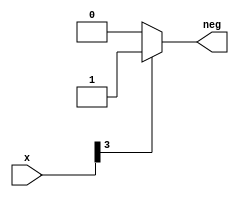
module signx(neg,x);

//this module is used to get the sign of an input 4-digit number

	input [3:0]x;
	output neg;
	reg neg;

	always @ (x)

		if (x[3] == 1)

			begin 
				neg =1; 
			end 

		else neg=0;

endmodule

module comp(a,b,signA,signB,more,eq,less);

	input [3:0]a;
	input [3:0]b;
	output signA,signB,more,eq,less;
	reg more,eq,less;

	signx sna(signA,a);
	signx snb(signB,b);

	always @ (a or b or signA or signB)

		if(signA==1 && signB==0)
		begin
			less=1;
			eq=0;
			more=0;
		end

		else if(signA==0 && signB==1)
		begin
			more=1;
			eq=0;
			less=0;
		end

		else if(a > b)
		begin
			more=1;
			less=0;
			eq=0;
		end

		else if(a == b)
		begin
			more=0;
			less=0;
			eq=1;
		end

		else 
		begin
			more=0;
			less=1;
			eq=0;
		end

endmodule

module tb_comp;

	reg [3:0]a;
	reg [3:0]b;
	wire signA,signB,more,eq,less;

	comp c1(a,b,signA,signB,more,eq,less);

	initial
		begin
			$monitor(,$time," A=%b | B=%b || AgtB=%b | AeqB=%b | AltB=%b",a,b,more,eq,less);

			#0 a=4'b1001;b=4'b0001;
			#2 a=4'b0001;b=4'b1001;
			#2 a=4'b1001;b=4'b1001;
			#2 a=4'b0011;b=4'b0011;

			$finish;
		end

	initial
		begin
			$dumpfile("compbehav.vcd");
			$dumpvars;
		end
endmodule